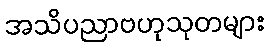
အသိပညာဗဟုသုတများ